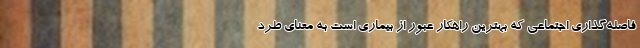
فاصله‌گذاری اجتماعی که بهترین راهکار عبور از بیماری است به معنای طرد